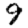
Digit: 9